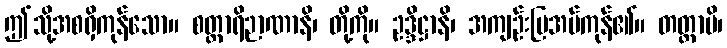
ဤသို့အစရှိကုန်သော။ စတ္တာရိဉာဏာနိ၊ တို့ကို။ ဥဒ္ဒိဋ္ဌာနိ၊ အကျဉ်းပြအပ်ကုန်၏။ တတ္ထာပိ၊